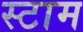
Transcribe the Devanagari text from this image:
स्टाम